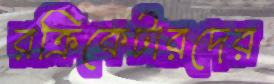
রক্রিকেটারদের